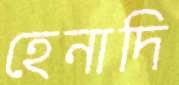
হেনাদি